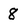
Character: 8